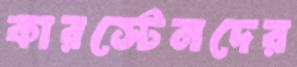
কারস্টেনদের